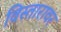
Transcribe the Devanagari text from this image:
विस्तारावर